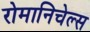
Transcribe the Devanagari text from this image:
रोमानिचेल्स